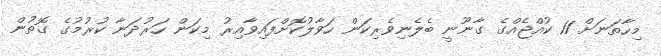
މިހާތަނަށް 11 ކުއްޖެއްގެ ގާނޫނީ ބެލެނިވެރިކަން ހަވާލުކޮށްފައިވާއިރު މިކަން ހަރުދަނާ ކުރުމުގެ ގޮތުން